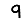
Digit: 9